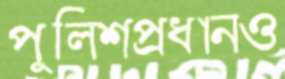
পুলিশপ্রধানও